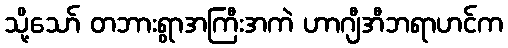
သို့သော် တဘားရွာအကြီးအကဲ ဟာဂျီအီဘရာဟင်က